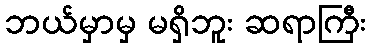
ဘယ်မှာမှ မရှိဘူး ဆရာကြီး